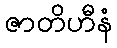
ဇာတိဟီနံ